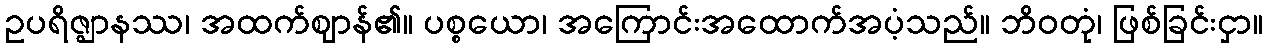
ဥပရိဇ္ဈာနဿ၊ အထက်ဈာန်၏။ ပစ္စယော၊ အကြောင်းအထောက်အပံ့သည်။ ဘိဝတုံ၊ ဖြစ်ခြင်းငှာ။